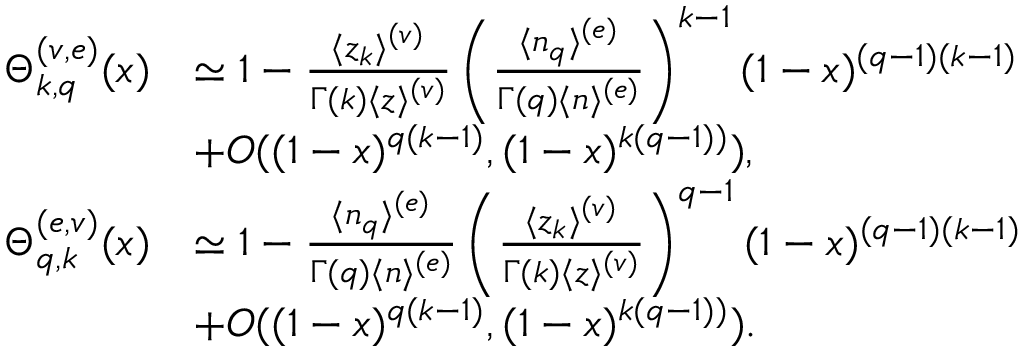
\begin{array} { r l } { \Theta _ { k , q } ^ { ( v , e ) } ( x ) } & { \simeq 1 - { \frac { \langle z _ { k } \rangle ^ { ( v ) } } { \Gamma ( k ) \langle z \rangle ^ { ( v ) } } } \left( { \frac { \langle n _ { q } \rangle ^ { ( e ) } } { \Gamma ( q ) \langle n \rangle ^ { ( e ) } } } \right) ^ { k - 1 } ( 1 - x ) ^ { ( q - 1 ) ( k - 1 ) } } \\ & { + O ( ( 1 - x ) ^ { q ( k - 1 ) } , ( 1 - x ) ^ { k ( q - 1 ) ) } ) , } \\ { \Theta _ { q , k } ^ { ( e , v ) } ( x ) } & { \simeq 1 - { \frac { \langle n _ { q } \rangle ^ { ( e ) } } { \Gamma ( q ) \langle n \rangle ^ { ( e ) } } } \left( { \frac { \langle z _ { k } \rangle ^ { ( v ) } } { \Gamma ( k ) \langle z \rangle ^ { ( v ) } } } \right) ^ { q - 1 } ( 1 - x ) ^ { ( q - 1 ) ( k - 1 ) } } \\ & { + O ( ( 1 - x ) ^ { q ( k - 1 ) } , ( 1 - x ) ^ { k ( q - 1 ) ) } ) . } \end{array}